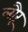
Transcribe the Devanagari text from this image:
लौरू